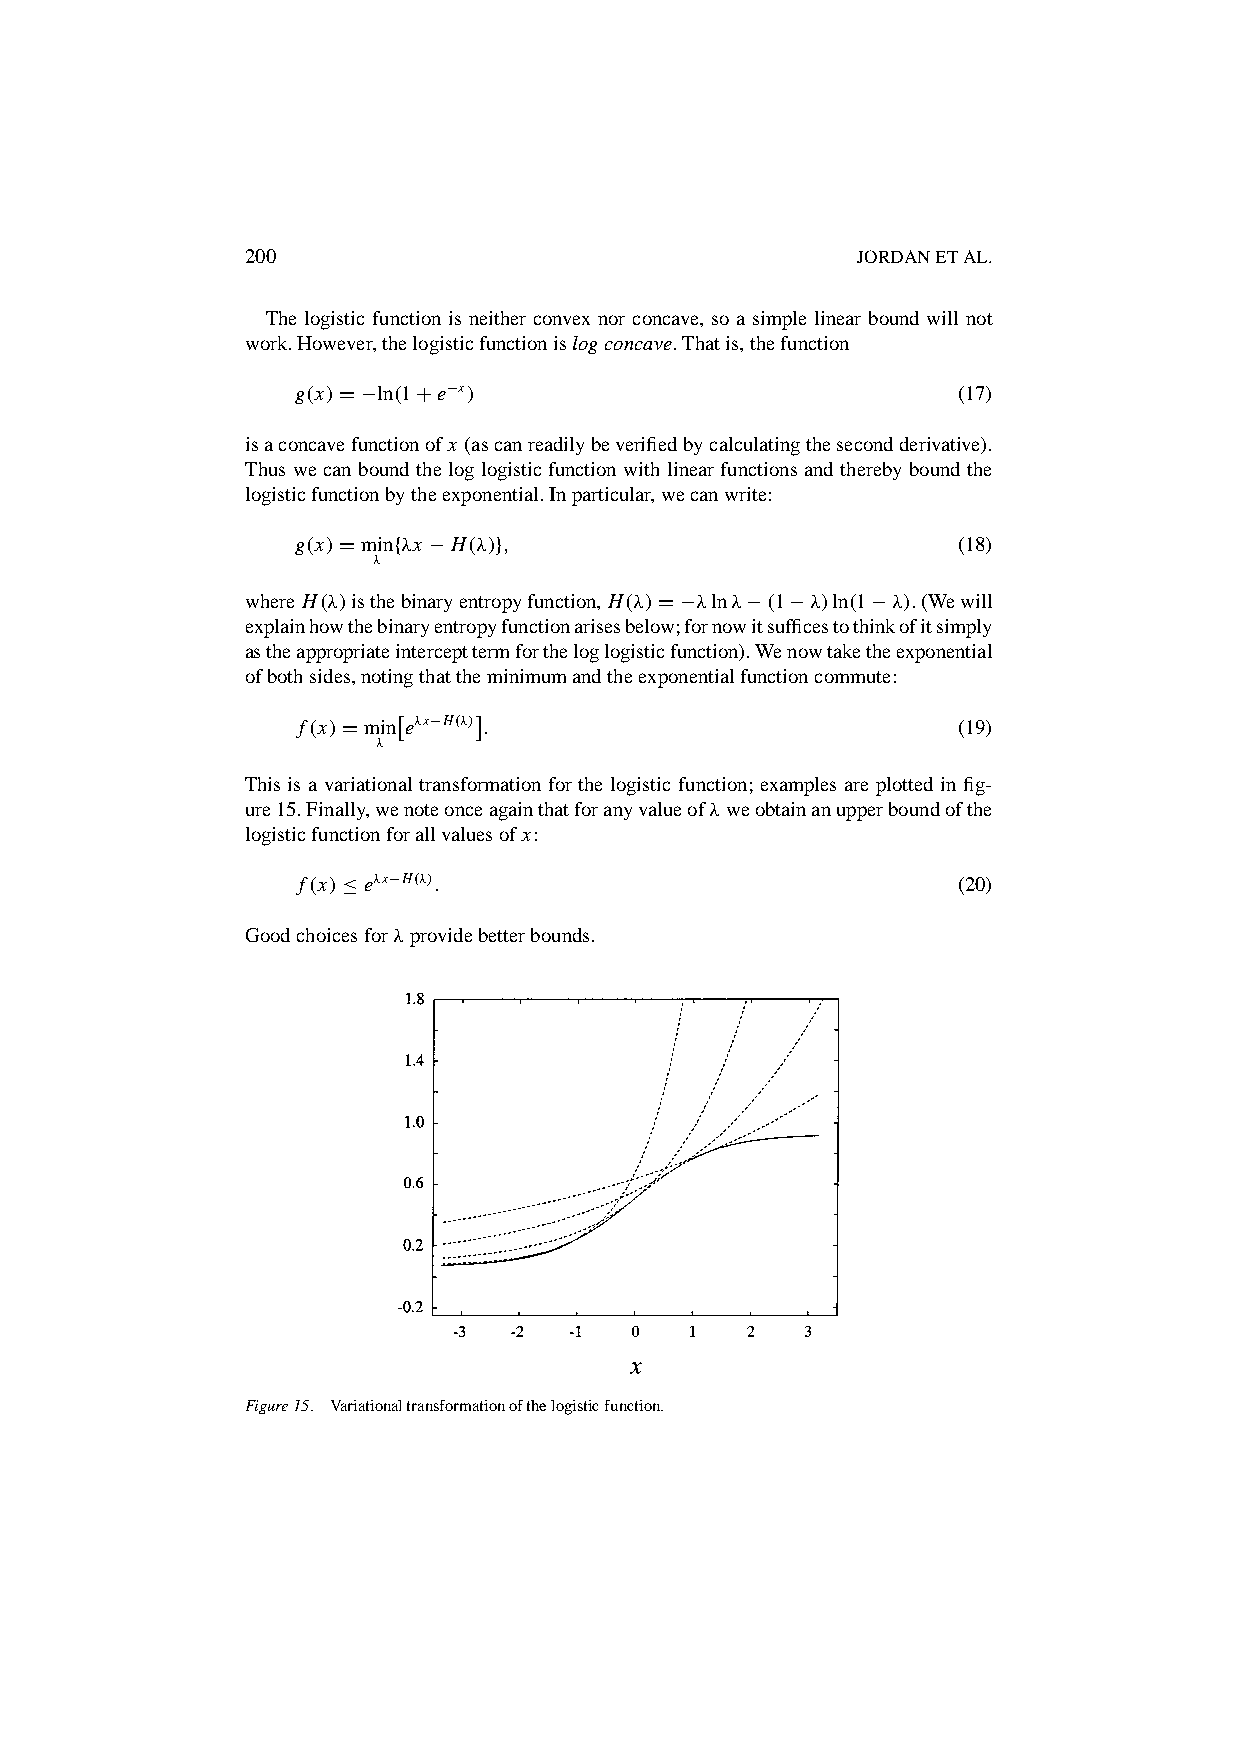
200                                      JORDANETAL.
 The logistic function is neither convex nor concave, so a simple linear bound will not
 work.However,thelogisticfunctionislogconcave.Thatis,thefunction
 g.x/D¡ln.1Ce¡x/
 (17)
 isaconcavefunctionofx (ascanreadilybeverifiedbycalculatingthesecondderivative).
 Thus we can bound the log logistic function with linear functions and thereby bound the
 logisticfunctionbytheexponential.Inparticular,wecanwrite:
 g.x/Dminf‚x ¡H.‚/g;                        (18)
 ‚
 where H.‚/isthebinaryentropyfunction, H.‚/D¡‚ln‚¡.1¡‚/ln.1¡‚/.(Wewill
 explainhowthebinaryentropyfunctionarisesbelow;fornowitsufficestothinkofitsimply
 astheappropriateintercepttermfortheloglogisticfunction).Wenowtaketheexponential
 ofbothsides,notingthattheminimumandtheexponentialfunctioncommute:
 £    ⁄
 f.x/Dmin e‚x¡H.‚/ :                        (19)
 ‚
 This is a variational transformation for the logistic function; examples are plotted in fig-
 ure15.Finally,wenoteonceagainthatforanyvalueof‚weobtainanupperboundofthe
 logisticfunctionforallvaluesofx:
 f.x/•e‚x¡H.‚/:
 (20)
 Goodchoicesfor‚providebetterbounds.
 Figure15. Variationaltransformationofthelogisticfunction.